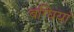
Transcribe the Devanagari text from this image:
बग्घियां